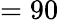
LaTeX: =90